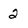
Character: 2